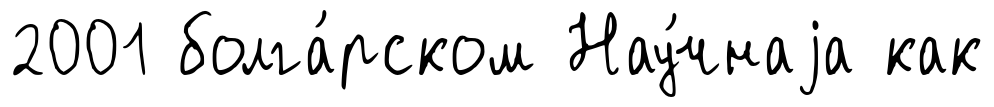
2001 болга́рском Нау́чнаjа как